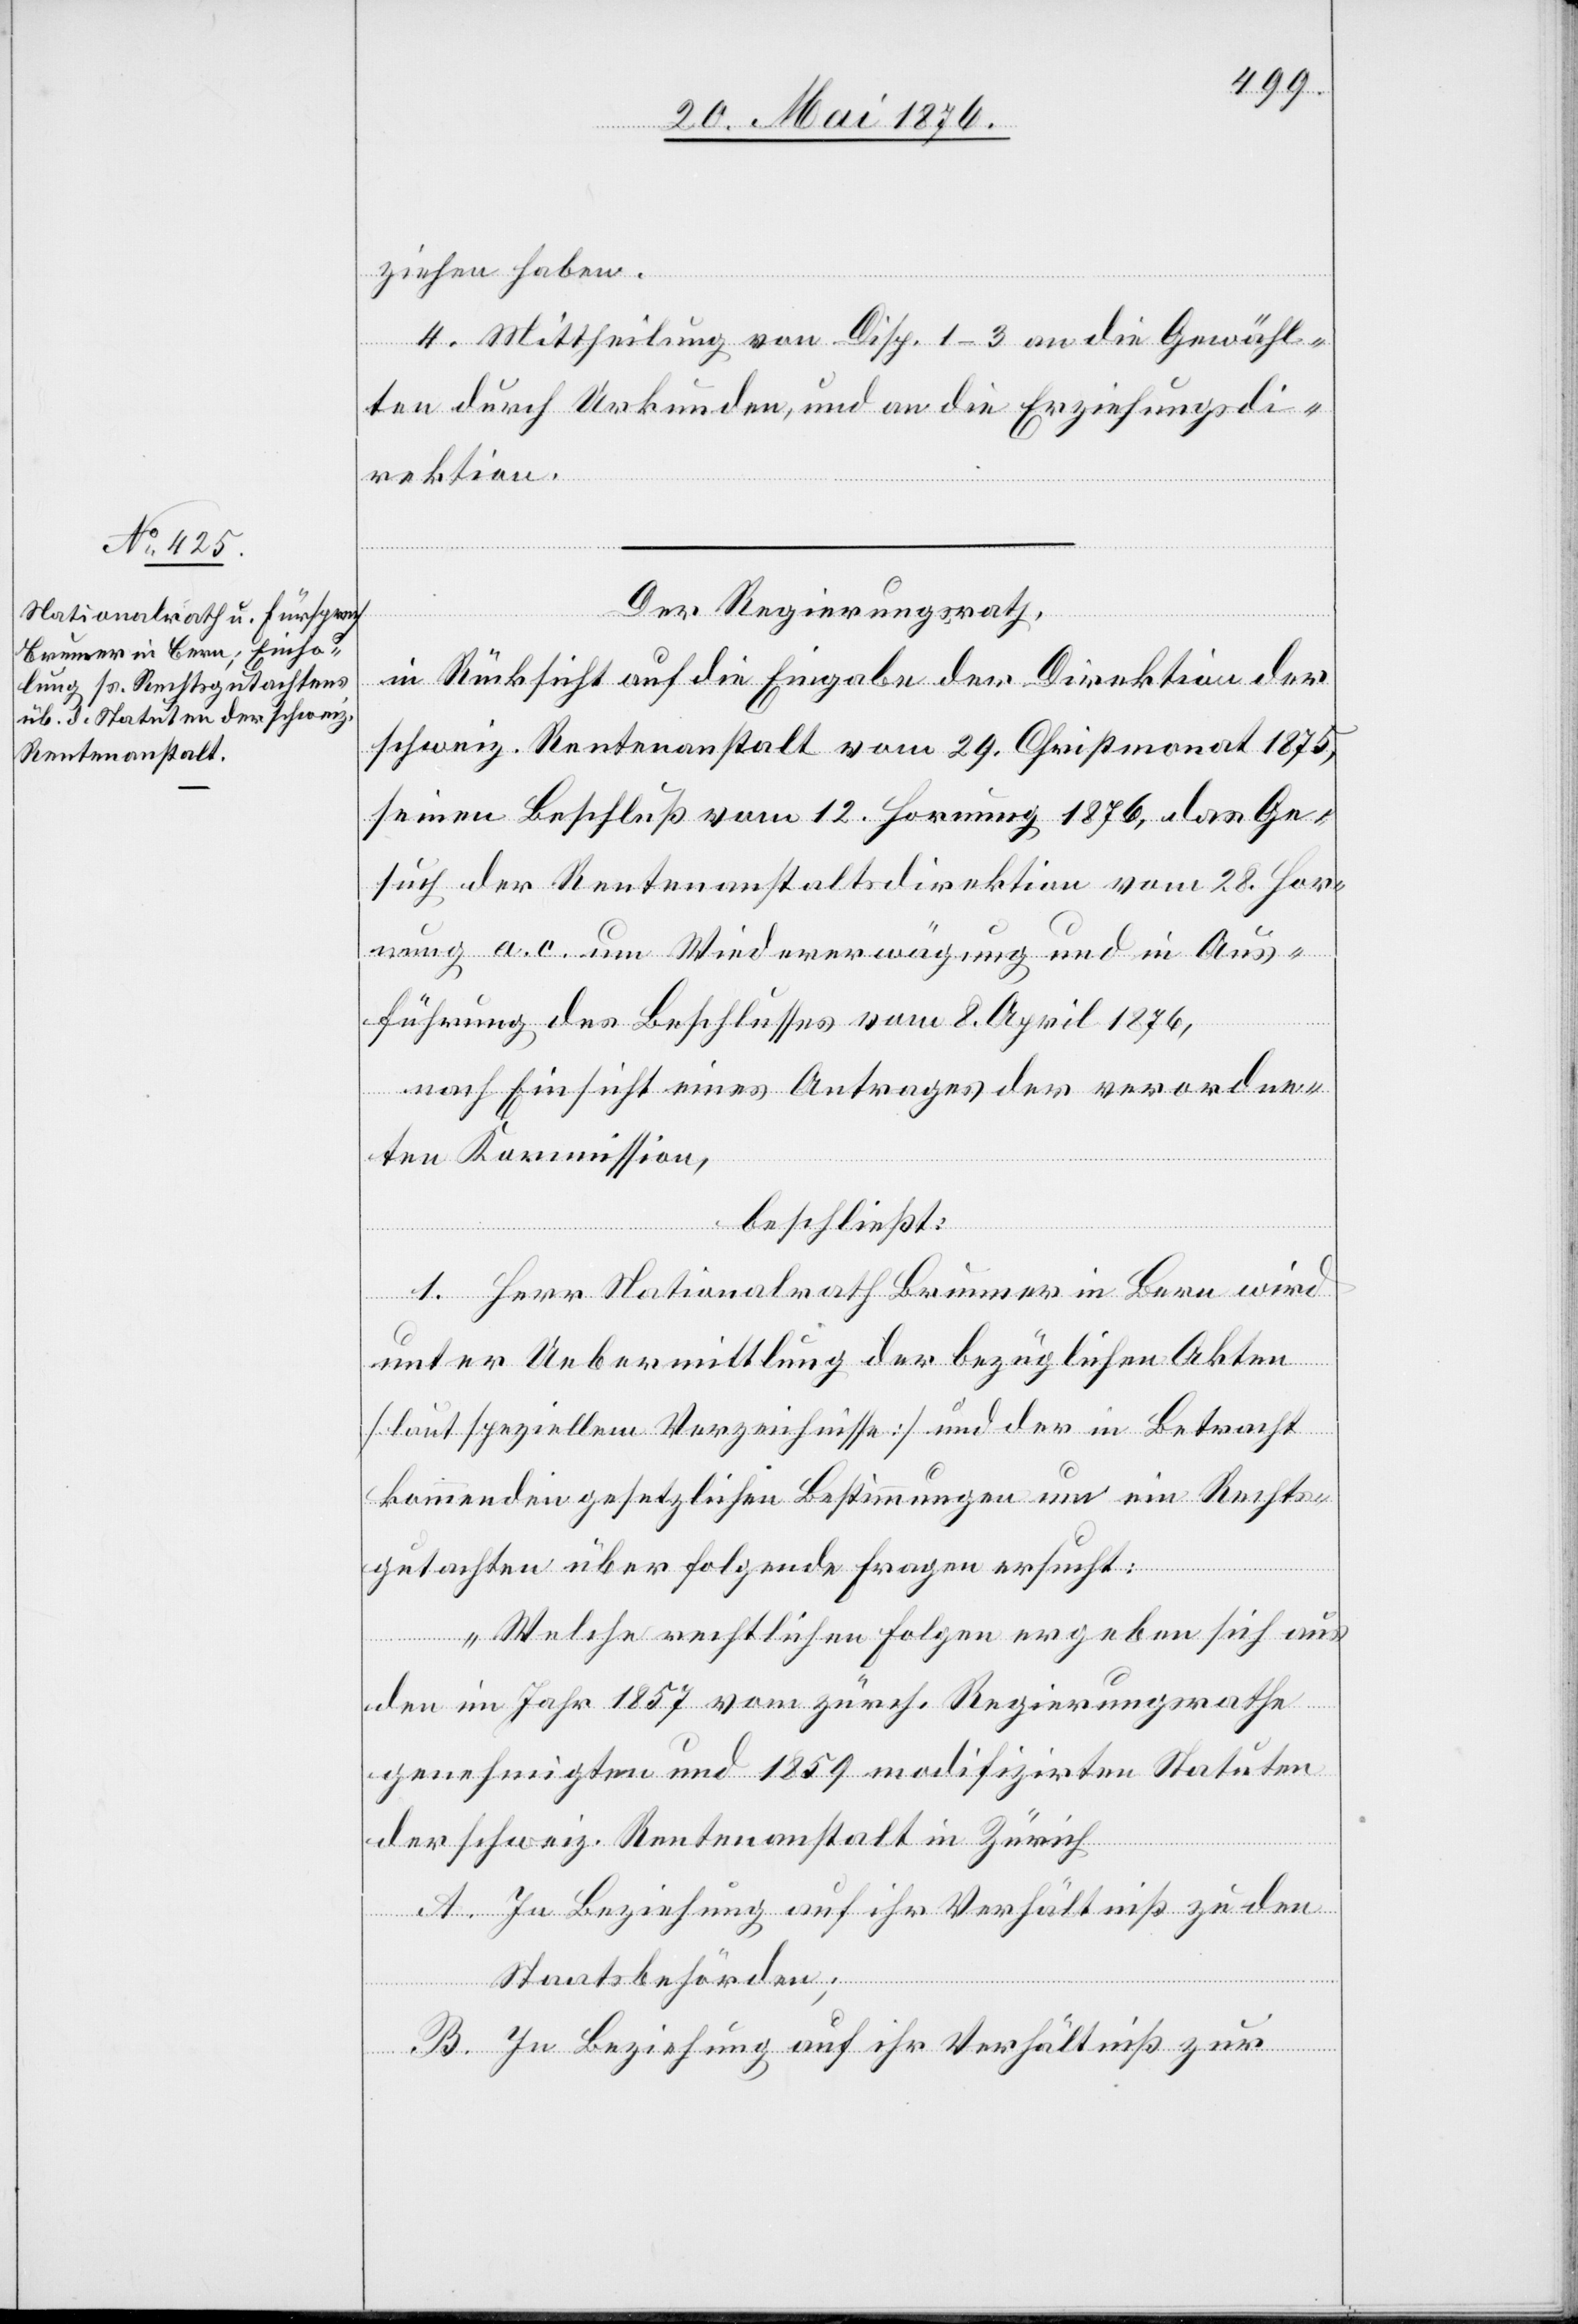
ziehen haben.
4. Mittheilung von Disp. 1–3 an die Gewähl¬
ten durch Urkunden, und an die Erziehungsdi¬
rektion.
Der Regierungsrath,
in Rücksicht auf die Eingabe der Direktion der
schweiz. Rentenanstalt vom 29. Christmonat 1875,
seinen Beschluß vom 12. Hornung 1876, das Ge¬
such der Rentenanstaltsdirektion vom 28. Hor¬
nung a. c. um Wiedererwägung und in Aus¬
führung des Beschlusses vom 8. April 1876,
nach Einsicht eines Antrages der verordnen¬
den Kommission,
beschließt:
1. Herr Nationalrath Brunner in Bern wird
unter Uebermittlung der bezüglichen Akten
[laut speziellem Verzeichnisse] und der in Betracht
kommenden gesetzlichen Bestimmungen um ein Rechts¬
gutachten über folgende Fragen ersucht:
„Welche rechtlichen Folgen ergeben sich aus
den im Jahr 1857 vom zürch. Regierungsrathe
genehmigten und 1859 modifizirten Statuten
der schweiz. Rentenanstalt in Zürich
A. In Beziehung auf ihr Verhältniß zu den
Staatsbehörden;
B. In Beziehung auf ihr Verhältniß zur